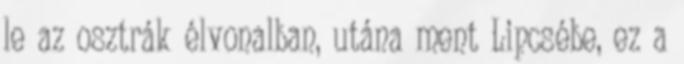
le az osztrák élvonalban, utána ment Lipcsébe, ez a